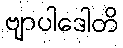
ဗျာပါဒေါတိ